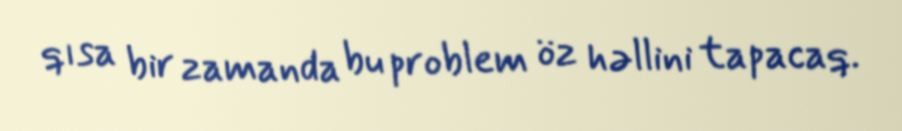
qısa bir zamanda bu problem öz həllini tapacaq.